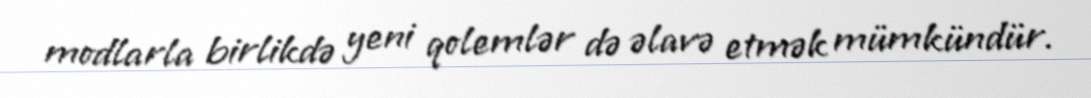
modlarla birlikdə yeni qolemlər də əlavə etmək mümkündür.